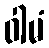
ဝါမံ